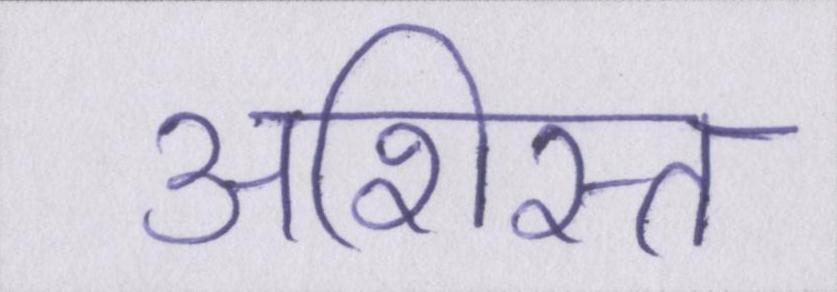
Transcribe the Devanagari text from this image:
अशिस्त